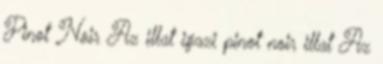
Pinot Noir Az illat igazi pinot noir illat Az